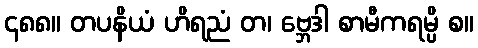
၄၈၈။ တပနိယံ ဟိရညံ တ၊ ဗ္ဘေဒါ စာမီကရမ္ပိ စ။